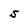
Character: S